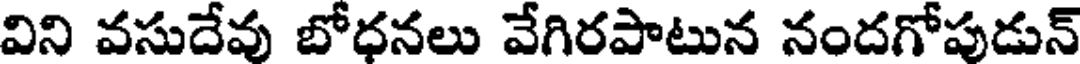
విని వసుదేవు బోధనలు వేగిరపాటున నందగోపుడున్